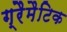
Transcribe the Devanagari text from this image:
ग्रैमैटिक